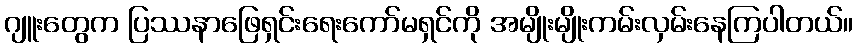
ဂျူးတွေက ပြဿနာဖြေရှင်းရေးကော်မရှင်ကို အမျိုးမျိုးကမ်းလှမ်းနေကြပါတယ်။